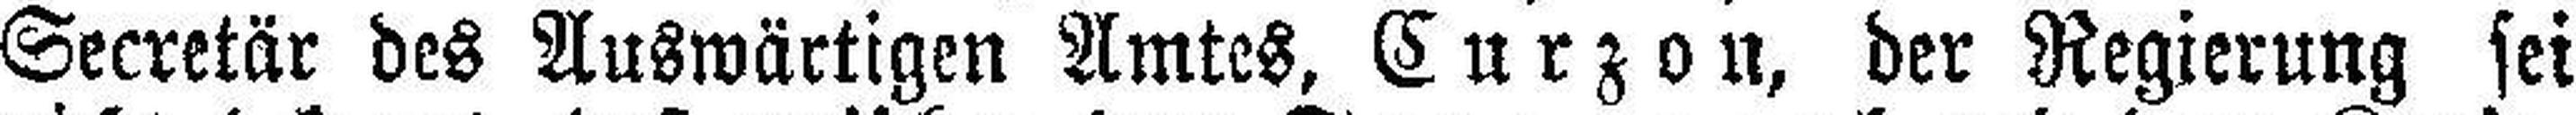
Secretär des Auswärtigen Amtes, Curzon, der Regierung sei